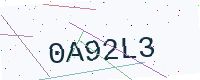
Text: 0A92L3